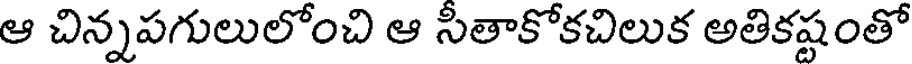
ఆ చిన్నపగులులోంచి ఆ సితాకోకచిలుక అతికష్టంతో